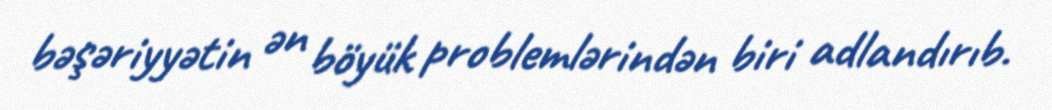
bəşəriyyətin ən böyük problemlərindən biri adlandırıb.